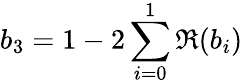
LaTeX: b_{3}=1-2\sum_{i=0}^{1}\Re(b_{i})